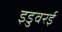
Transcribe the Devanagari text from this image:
इडुवरई